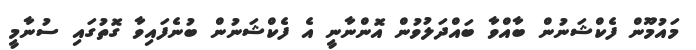
މައުމޫން ފެކްޝަނުން ބާއްވާ ބައްދަލުވުން އޮންނާނީ އެ ފެކްޝަނުން ބުނެފައިވާ ގޮތުގައި ސުނާމީ